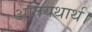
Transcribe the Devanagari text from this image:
अतियथार्थ।